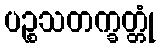
ပဉ္စသတက္ခတ္တုံ